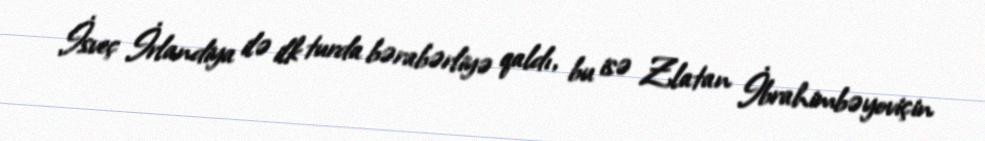
İsveç İrlandiya ilə ilk turda bərabərliyə qaldı, bu isə Zlatan İbrahimbəyoviçin